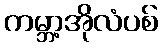
ကမ္ဘာ့အိုလံပစ်